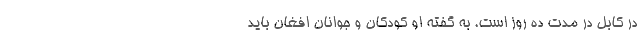
در کابل در مدت ده روز است. به گفته او کودکان و جوانان افغان باید